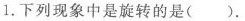
1.下列现象中是旋转的是（ ）.